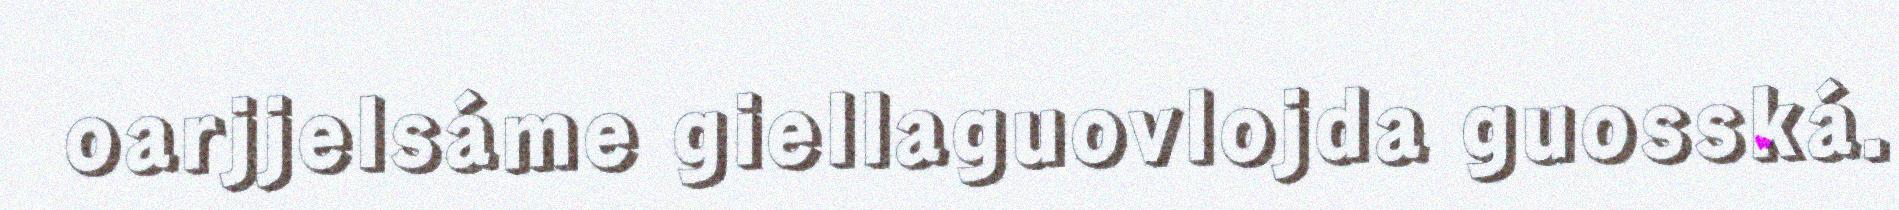
oarjjelsáme giellaguovlojda guosská.